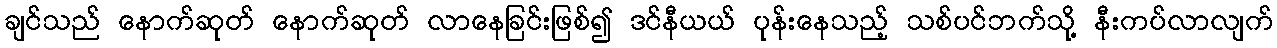
ချင်သည် နောက်ဆုတ် နောက်ဆုတ် လာနေခြင်းဖြစ်၍ ဒင်နီယယ် ပုန်းနေသည့် သစ်ပင်ဘက်သို့ နီးကပ်လာလျက်